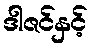
ဒါဇင်နှင့်